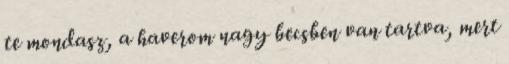
te mondasz, a haverom nagy becsben van tartva, mert